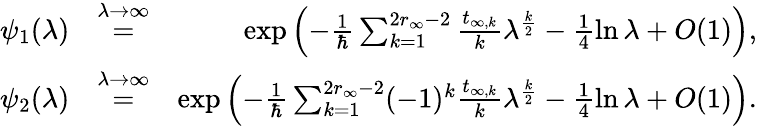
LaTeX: \begin{array}{rlr}{\psi_{1}(\lambda)}&{\overset{\lambda\to\infty}{=}}&{\exp\left(-\frac{1}{\hbar}\sum_{k=1}^{2r_{\infty}-2}\frac{t_{\infty,k}}{k}\lambda^{\frac{k}{2}}-\frac{1}{4}\ln\lambda+O(1)\right),}\\ {\psi_{2}(\lambda)}&{\overset{\lambda\to\infty}{=}}&{\exp\left(-\frac{1}{\hbar}\sum_{k=1}^{2r_{\infty}-2}(-1)^{k}\frac{t_{\infty,k}}{k}\lambda^{\frac{k}{2}}-\frac{1}{4}\ln\lambda+O(1)\right).}\end{array}